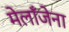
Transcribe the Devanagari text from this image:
मेलाँजेना